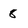
Character: 8